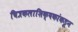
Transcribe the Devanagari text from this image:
चित्रकलाशिक्षकांकडून